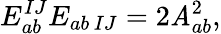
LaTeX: E_{ab}^{IJ}E_{ab\, IJ}=2\mathit{A}_{ab}^{2},